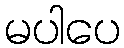
မပါပေ